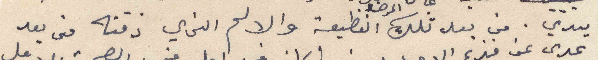
يدي من بعد تلك المرضى الفظيعة والالم الذي ذقته من بعد